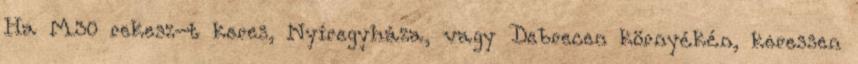
Ha M30 rekesz-t keres, Nyíregyháza, vagy Debrecen környékén, keressen